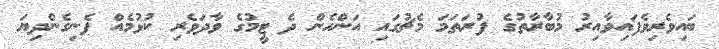
ބައިވެރިވެފައިވާއިރު މުބާރާތުގެ ފުރަތަމަ މެޗުގައި އަންހެން ދެ ޓީމުގެ ވާދަވެރި ކުޅުމެއް ފެނިގެންދިޔަ